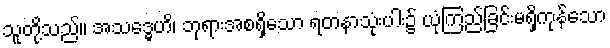
သူတို့သည်။ အသဒ္ဓေဟိ၊ ဘုရားအစရှိသော ရတနာသုံးပါး၌ ယုံကြည်ခြင်းမရှိကုန်သော